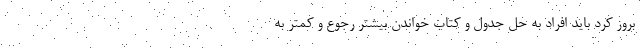
بروز کرد باید افراد به حل جدول و کتاب خواندن بیشتر رجوع و کمتر به